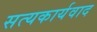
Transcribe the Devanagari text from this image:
सत्यकार्यवाद